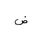
Letter: _dad